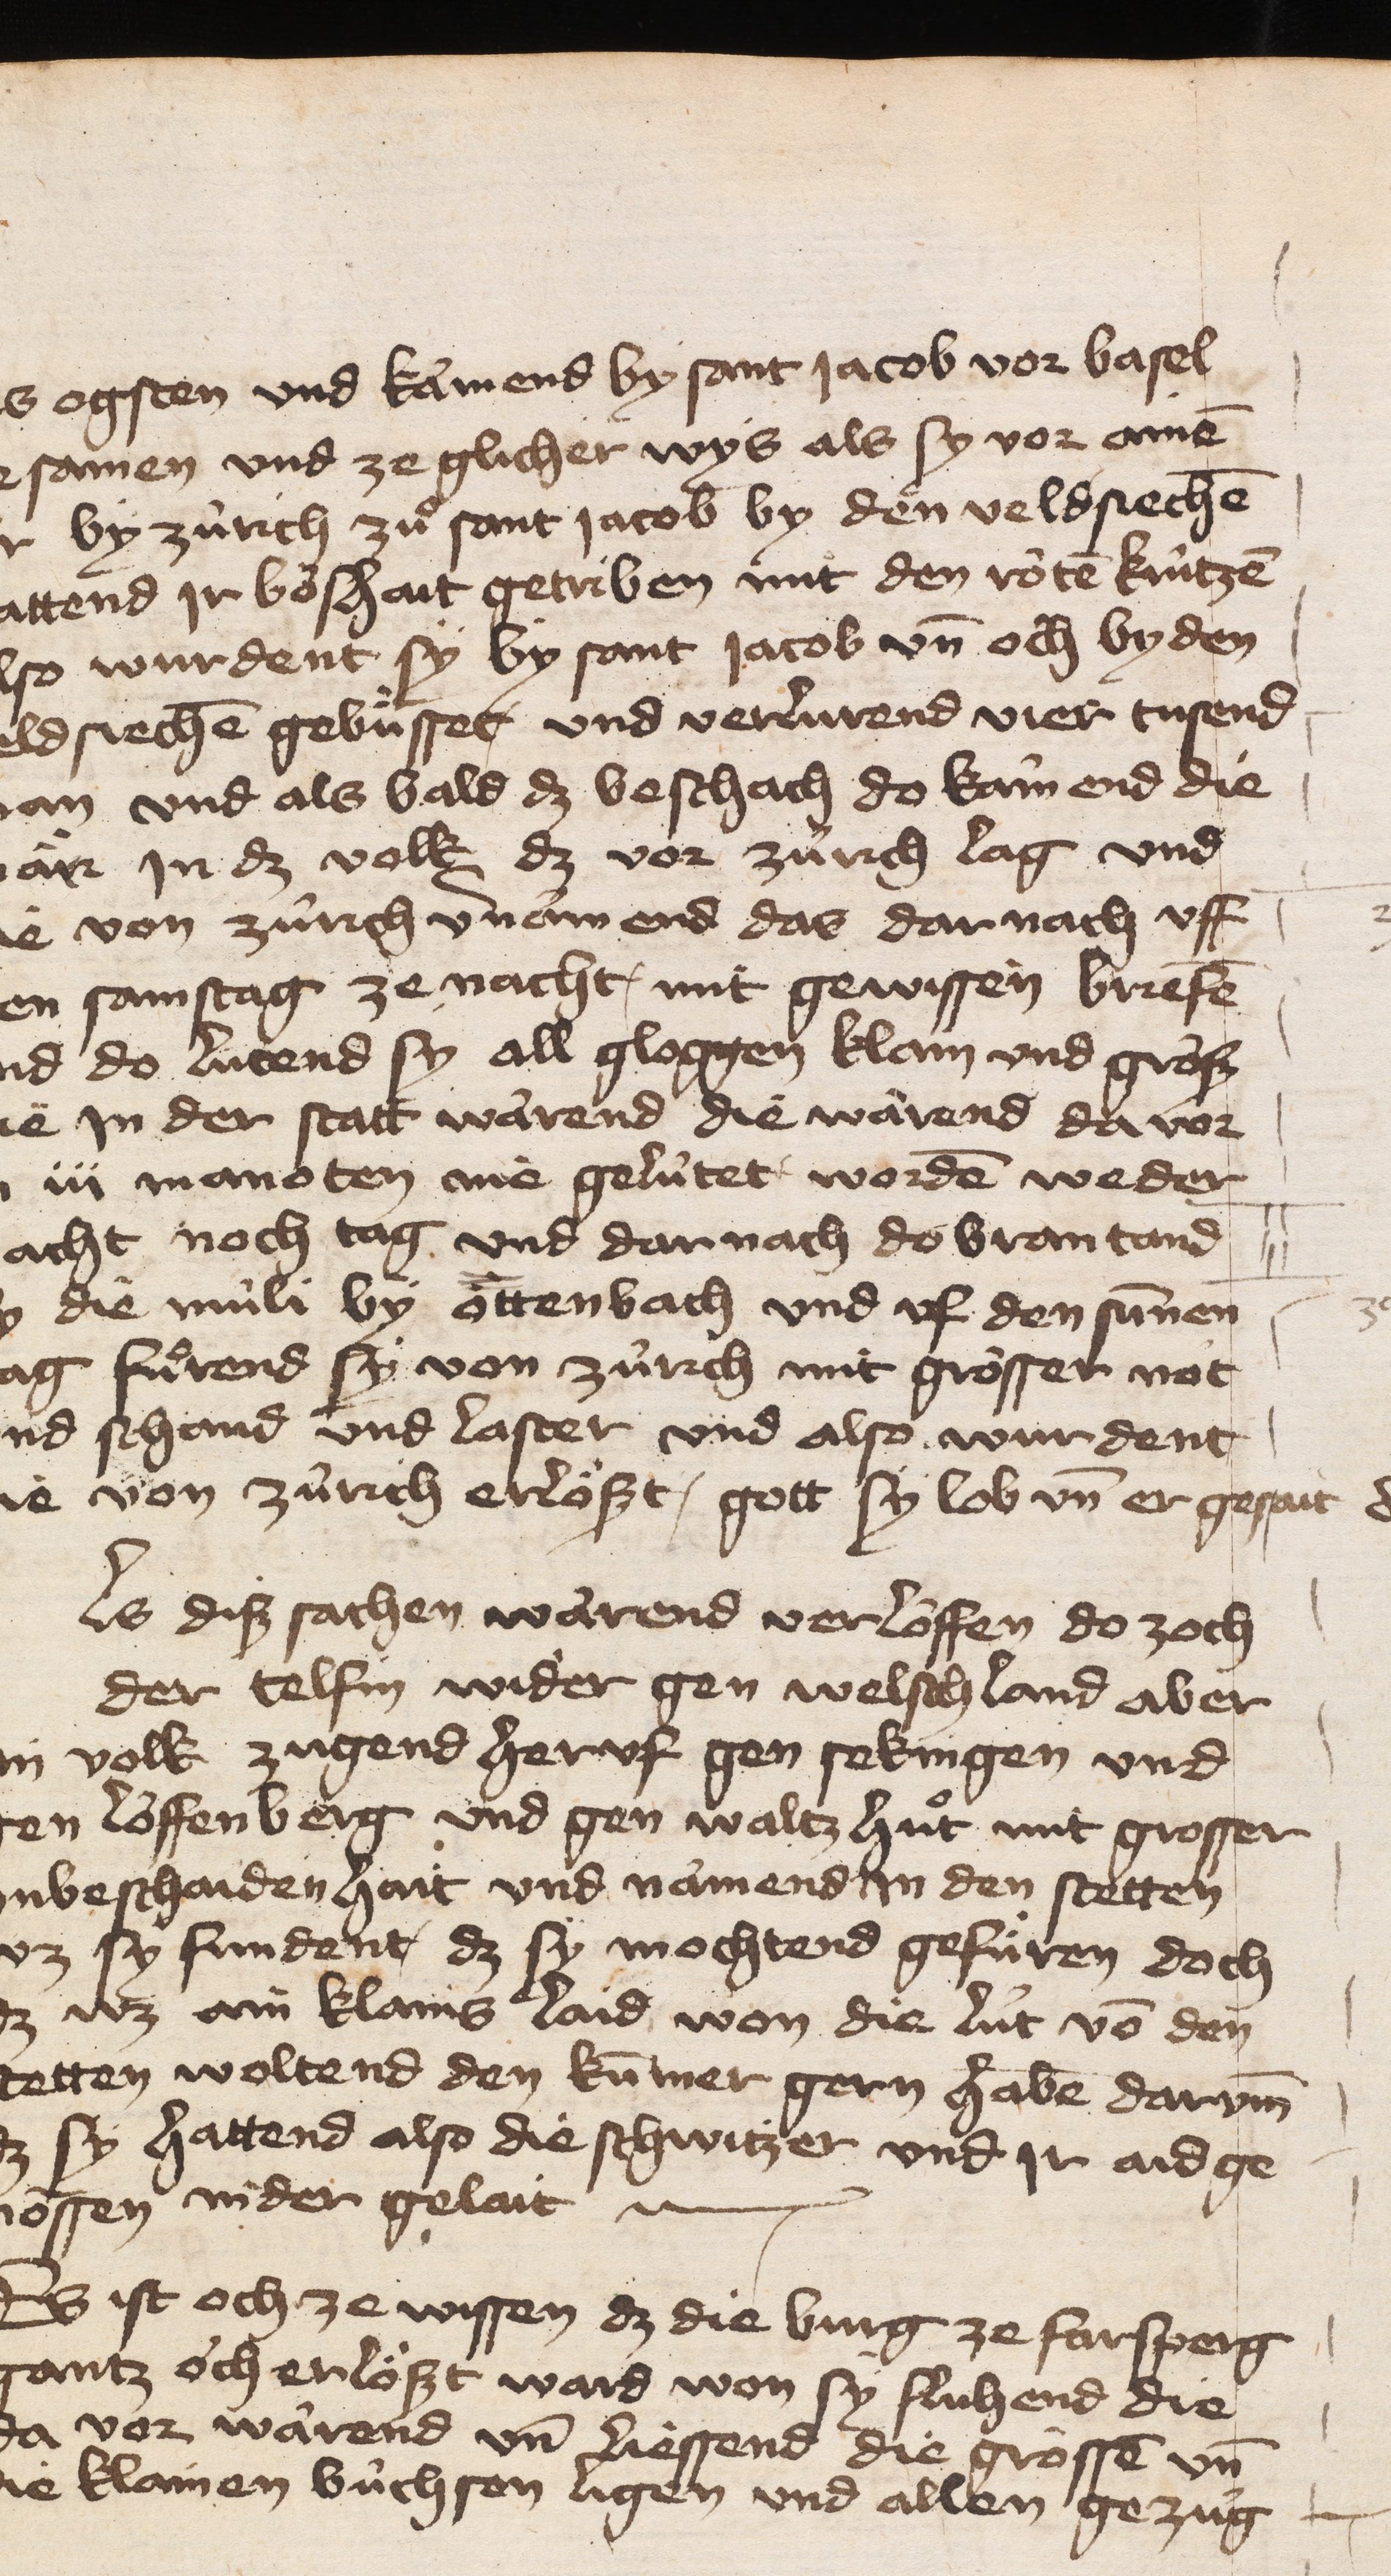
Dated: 1400–1499